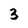
Character: 3